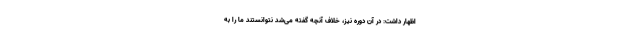
اظهار داشت: در آن دوره نیز، خلاف آنچه گفته می‌شد نتوانستند ما را به